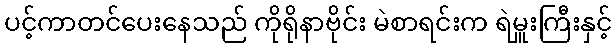
ပင့်ကာတင်ပေးနေသည် ကိုရိုနာဗိုင်း မဲစာရင်းက ရဲမှူးကြီးနှင့်